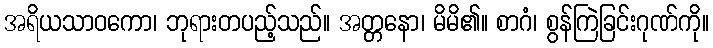
အရိယသာဝကော၊ ဘုရားတပည့်သည်။ အတ္တနော၊ မိမိ၏။ စာဂံ၊ စွန်ကြဲခြင်းဂုဏ်ကို။